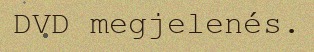
DVD megjelenés.